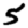
Digit: 5